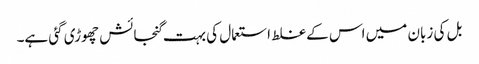
بل کی زبان میں اس کے غلط استعمال کی بہت گنجائش چھوڑی گئی ہے۔